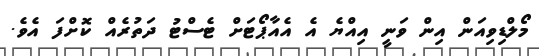
މޯލްޑިވިއަން އިން ވަނީ އިއްޔެ އެ އެއާޕޯޓަށް ޓެސްޓު ދަތުރެއް ކޮށްފަ އެވެ.